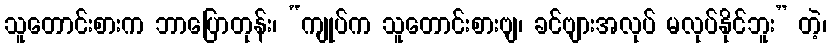
သူတောင်းစားက ဘာပြောတုန်း၊ “ကျုပ်က သူတောင်းစားဗျ၊ ခင်ဗျားအလုပ် မလုပ်နိုင်ဘူး” တဲ့၊